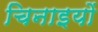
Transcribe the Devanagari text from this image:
चिनाइयों